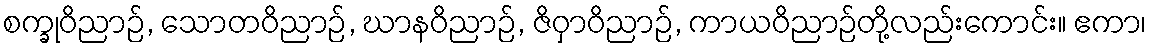
စက္ခုဝိညာဉ်, သောတဝိညာဉ်, ဃာနဝိညာဉ်, ဇိဝှာဝိညာဉ်, ကာယဝိညာဉ်တို့လည်းကောင်း။ ဧကာ၊